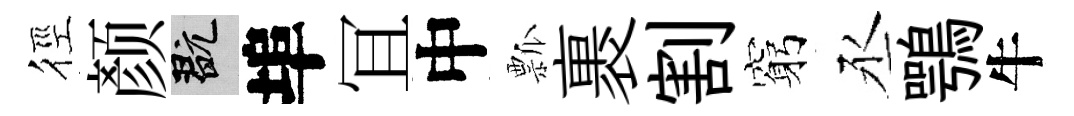
徑颜玩埠冝中瓢裹割窮丞鶚牛